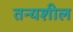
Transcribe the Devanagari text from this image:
तन्यशील